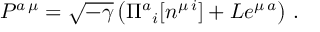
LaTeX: { \cal P } ^ { a \, \mu } = \sqrt { - \gamma } \left( \Pi ^ { a } { } _ { i } [ n ^ { \mu \, i } ] + L e ^ { \mu \, a } \right) \, .